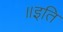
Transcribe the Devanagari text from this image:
॥इति